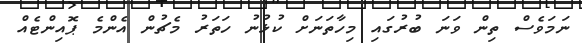
ނަމަވެސް ތިން ވަނަ ބުރުގައި މިހާތަނަށް ކުޅުނު ހަތަރު މެޗުން އެންމެ ޕޮއިންޓެއް